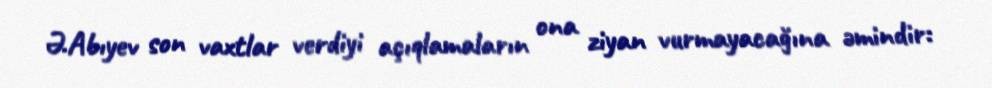
Ə.Abıyev son vaxtlar verdiyi açıqlamaların ona ziyan vurmayacağına əmindir: